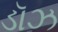
ડૉઝ